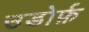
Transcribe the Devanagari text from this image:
उडोर्फ़